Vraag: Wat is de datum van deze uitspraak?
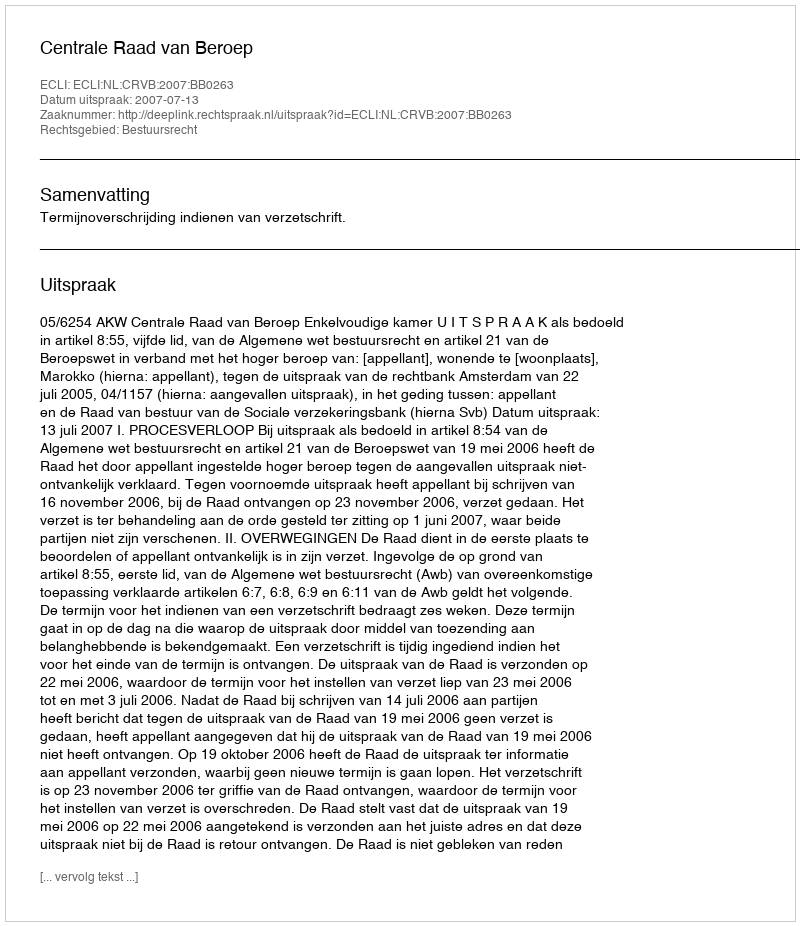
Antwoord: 2007-07-13